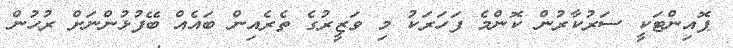
ޕޮއިންޓަކީ ސަރުކާރުން ކޮންމެ ފަހަރަކު މި ވަޒީރުގެ ތެރެއިން ބައެއް ބޭފުޅުންނަށް ރުހުން